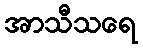
အာသီသရေ